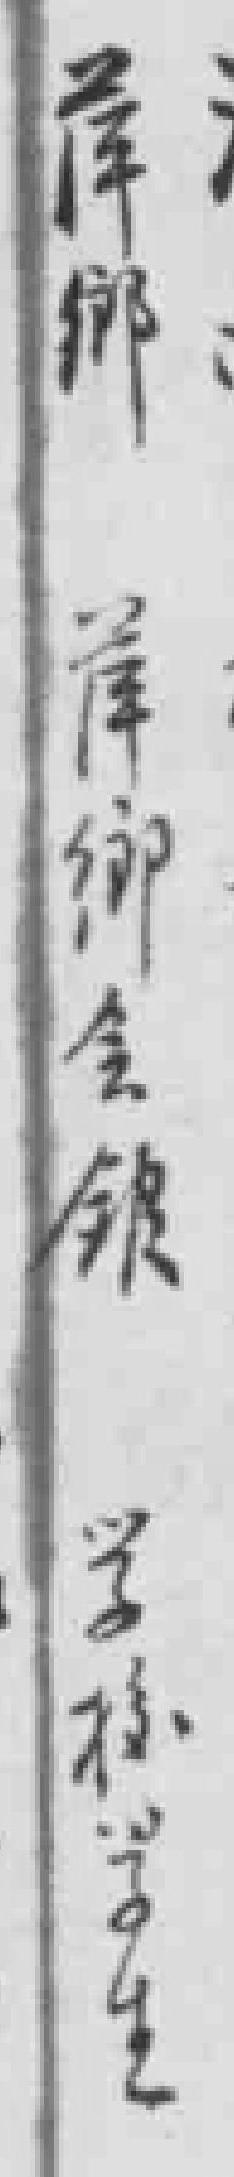
萍鄉萍鄉全鈒学校学生